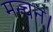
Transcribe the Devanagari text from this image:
मन्चन।